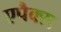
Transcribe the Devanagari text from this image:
एपैक्स